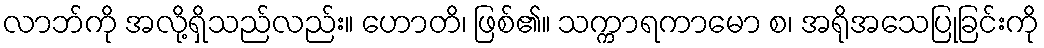
လာဘ်ကို အလို့ရှိသည်လည်း။ ဟောတိ၊ ဖြစ်၏။ သက္ကာရကာမော စ၊ အရိုအသေပြုခြင်းကို